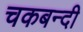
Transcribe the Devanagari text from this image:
चकबन्दी